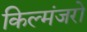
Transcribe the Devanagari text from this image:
किल्मंजरो